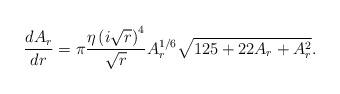
LaTeX: \begin{align*}\frac{dA_r}{dr}=\pi\frac{\eta\left(i\sqrt{r}\right)^4}{\sqrt{r}}A_r^{1/6}\sqrt{125+22 A_{r}+A_{r}^2}.\end{align*}